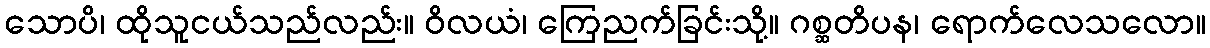
သောပိ၊ ထိုသူငယ်သည်လည်း။ ဝိလယံ၊ ကြေညက်ခြင်းသို့။ ဂစ္ဆတိပန၊ ရောက်လေသလော။